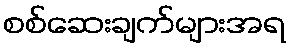
စစ်ဆေးချက်များအရ